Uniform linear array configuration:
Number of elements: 4
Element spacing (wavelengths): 1
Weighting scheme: kaiser
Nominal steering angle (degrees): -30
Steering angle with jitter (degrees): -29.838
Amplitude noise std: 0.05
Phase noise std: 0.05

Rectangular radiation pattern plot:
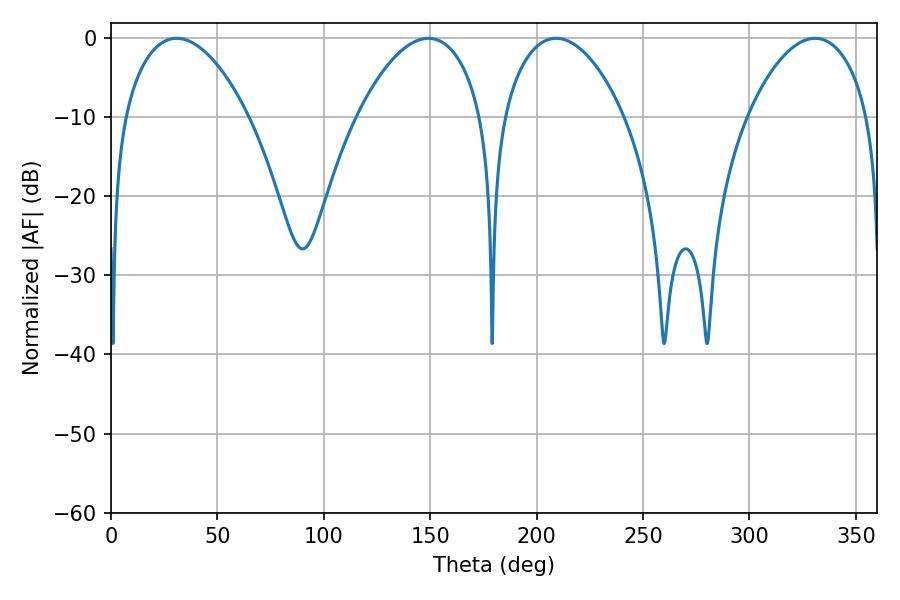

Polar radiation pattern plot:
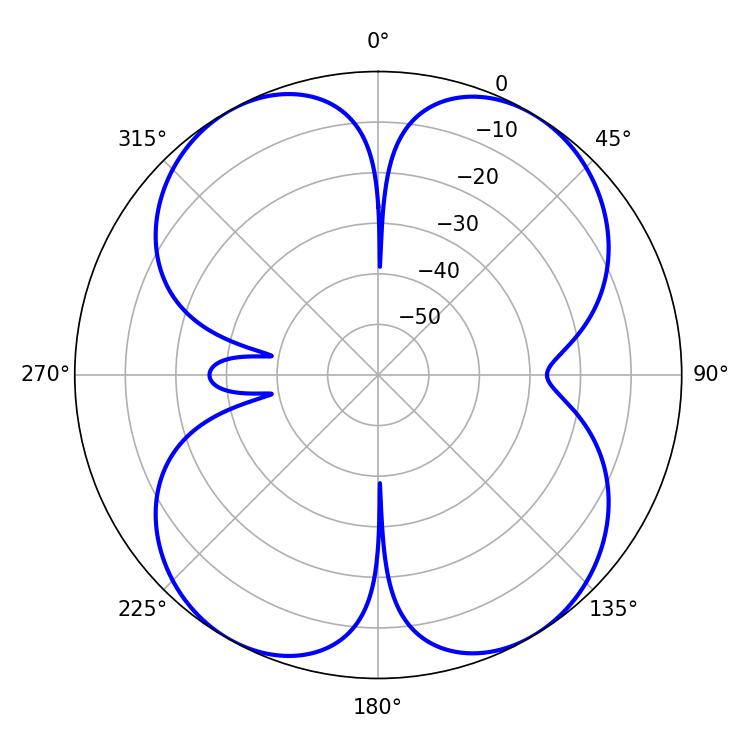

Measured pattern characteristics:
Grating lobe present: TRUE
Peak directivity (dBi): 15.414
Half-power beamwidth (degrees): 32.04
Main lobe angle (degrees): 209.16